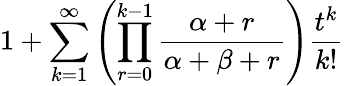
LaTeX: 1+\sum_{k=1}^{\infty}\left(\prod_{r=0}^{k-1}{\frac{\alpha+r}{\alpha+\beta+r}}\right){\frac{t^{k}}{k!}}